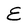
Character: E